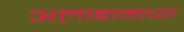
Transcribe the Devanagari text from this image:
अलाबामाच्या